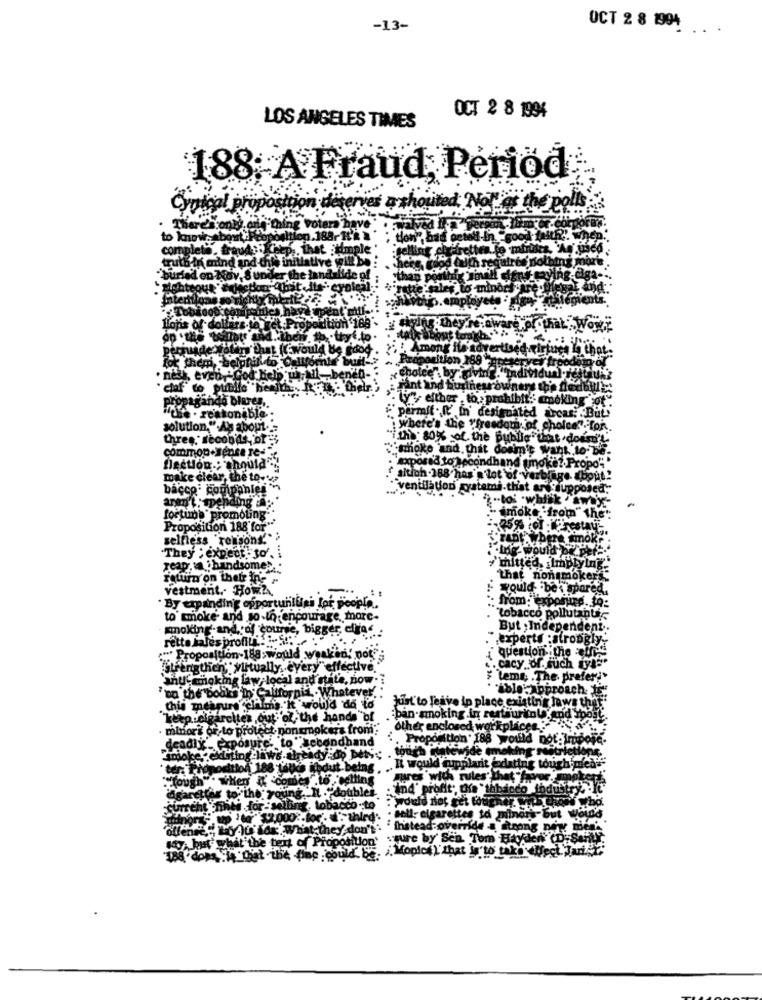
-13-
OCT 2 8 1994
...
OCT 2 8 1994
LOS ANGELES TIMES
A Fraud Period
-minor
fon F
- elthe
tonibl
thre
common .Bense Te-
hat
Dection .: should **
make clear, the to-
aition .188 has'a lot of
bacco" companies
ventilation systemi.this
fortune
imok
omoting
Proposition 188 for"
25%
selfless reasons!" >
"They : expect to'. i
reap,
handsome ... '
return on their ing "
vestment .- How?
By exp
din'g oppor
to' moke and so-to.
ncourage,
smokin
r-androf course, bigger, efra
rette
aJes profily.
position-188;
virtually .. e
this meaning claims."It
"keep.cigarcites.out - of, th
:pan-amol
other enc
minor? si,to prol
adlý _ exposure to
when
"offen
sture by' Sein. Tom Has
Moplcs )'that in'to
.188